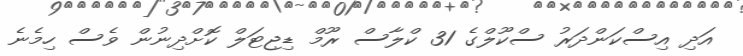
އަދި އިސްކަންދަރު ސްކޫލްގެ 31 ކްލާސް ރޫމް ޑިޖިޓަލް ކޮށްދިނުން ވެސް ހިމެނެ